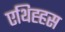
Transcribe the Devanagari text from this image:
एथिह्हस